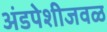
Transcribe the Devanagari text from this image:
अंडपेशीजवळ